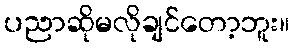
ပညာဆိုမလိုချင်တော့ဘူး။